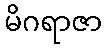
မိဂရာဇာ